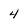
Character: 4